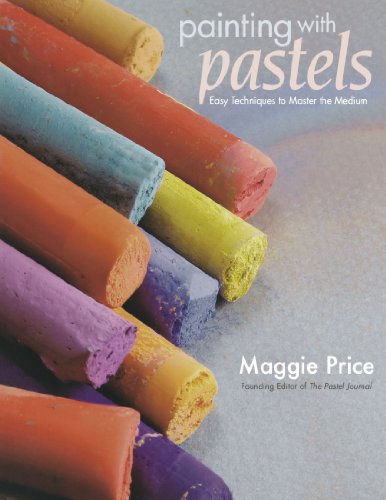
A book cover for Painting with Pastels: Easy Techniques to Master the Medium; Maggie Price; Arts & Photography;